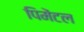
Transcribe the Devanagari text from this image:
पिमेंटल